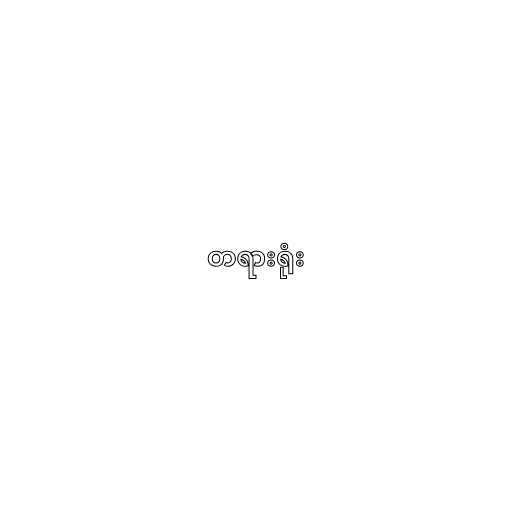
တရားရုံး